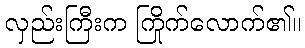
လှည်းကြီးက ကြိုက်လောက်၏။